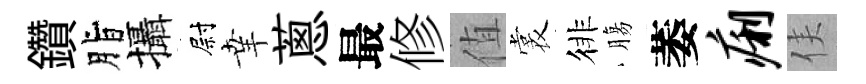
鑽脂攝尉𦍒蔥最修值裳徘膓萎痢侯